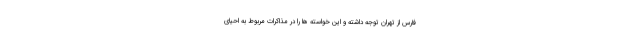
فارس از تهران توجه داشته و این خواسته ها را در مذاکرات مربوط به احیای